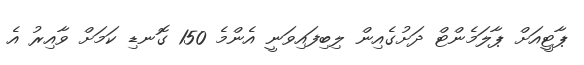
ޕާޓީއަށް ޕާލަމެންޓް ދަށުގެއިން ލިބިފައިވަނީ އެންމެ 150 ގޮނޑި ކަމަށް ވާއިރު އެ